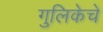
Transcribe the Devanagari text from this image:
गुलिकेचे